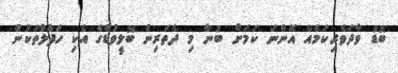
ބޮޑު ވާދަވެރިކަމެއް އޮންނަ ކަމަށް ބުނާ މި ދެތަރިން ބޮލީވުޑްގެ އެކި ހަފްލާތަކުން